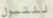
للتبول